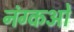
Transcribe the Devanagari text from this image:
नंग्‍कओं